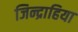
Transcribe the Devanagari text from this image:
जिन्द्राहिया